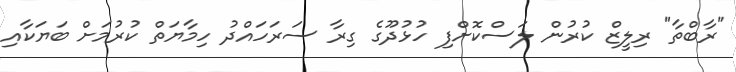
"ރާބްތާ" ރިލީޒް ކުރުން ލަސްކޮށްފި ހުޅުދޫގެ ގިރާ ސަރަހައްދު ހިމާޔަތް ކުރުމަށް ބަޔަކާއި